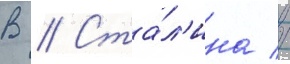
В // Ста́л'ина //